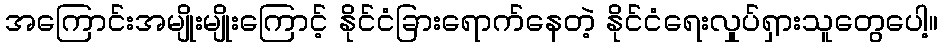
အကြောင်းအမျိုးမျိုးကြောင့် နိုင်ငံခြားရောက်နေတဲ့ နိုင်ငံရေးလှုပ်ရှားသူတွေပေါ့။